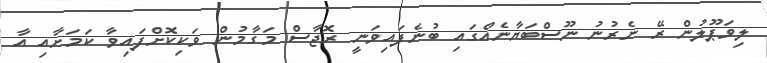
ލިވަޕޫލުން ރޭ ނެރުނު ނޫސްބަޔާނެއްގައި ބުނެފައިވަނީ ރޮޖާސް މަގާމުން ވަކިކޮށްފައިވާ ކަމަށާއި އާ